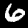
Digit: 6